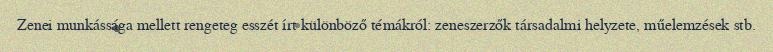
Zenei munkássága mellett rengeteg esszét írt különböző témákról: zeneszerzők társadalmi helyzete, műelemzések stb.